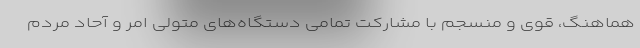
هماهنگ، قوی و منسجم با مشارکت تمامی دستگاه‌های متولی امر و آحاد مردم